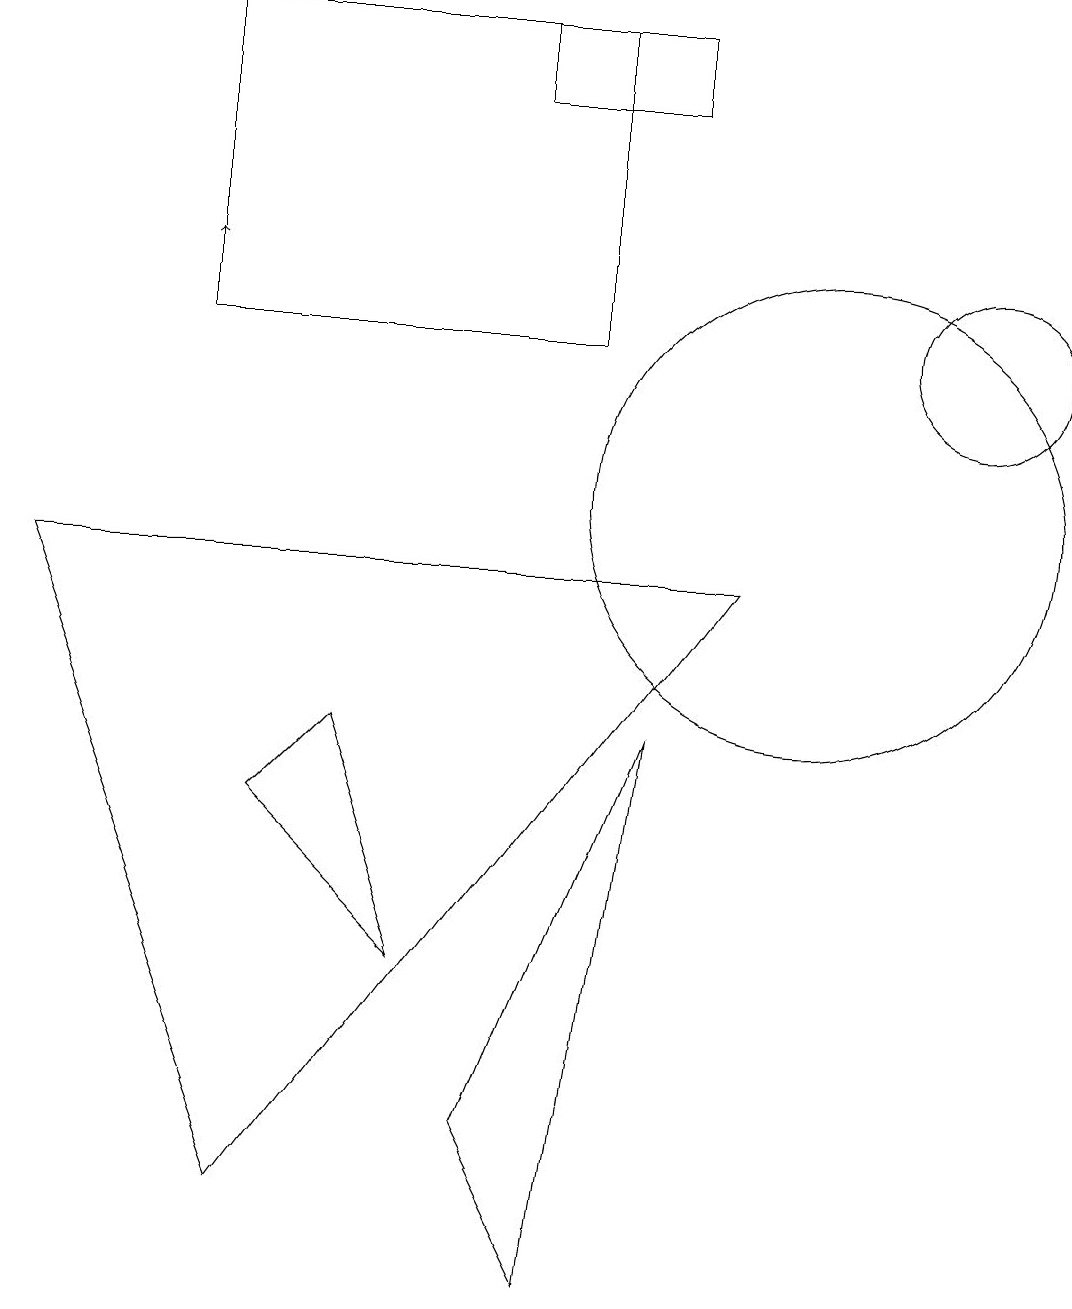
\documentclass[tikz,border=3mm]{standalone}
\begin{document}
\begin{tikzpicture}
\draw (7,12) rectangle (2,16);
\draw (8,16) rectangle (6,15);
\draw (4,7) -- (3,6) -- (5,4) -- cycle;
\draw (9,9) -- (0,9) -- (3,1) -- cycle;
\draw (10,10) circle (3);
\draw (6,2) -- (7,0) -- (8,7) -- cycle;
\draw[->] (2,13) -- (2,13);
\draw (12,12) circle (1);
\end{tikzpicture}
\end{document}